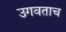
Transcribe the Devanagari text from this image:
उगवताच